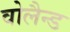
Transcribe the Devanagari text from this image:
वोलैन्ड